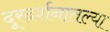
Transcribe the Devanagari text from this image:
दूरदर्शनातल्या